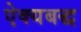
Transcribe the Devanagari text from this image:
ऐक्यबद्ध